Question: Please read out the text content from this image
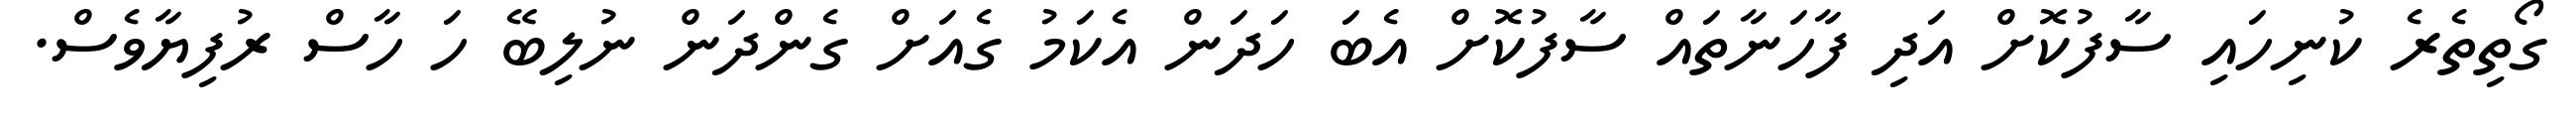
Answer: ގޯތިތެރެ ކުނިހައި ސާފުކޮށް އަދި ފާހަނާތައް ސާފުކޮށް އެބަ ހަދަން އެކަމު ގެއަށް ގެންދަން ނުލިބޭ ހަ ހާސް ރުފިޔާވެސް.